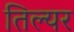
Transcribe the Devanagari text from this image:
तिल्यर